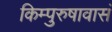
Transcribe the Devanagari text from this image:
किम्पुरुषावासं